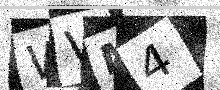
Text: WVM4